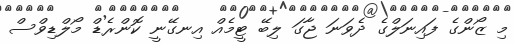
މި ޒޯންގެ ފައިނަލްގެ ދެވަނަ ޖާގަ ލިބޭ ޓީމެއް އިނގޭނީ ކޮންރެޑް މޯލްޑިވްސް